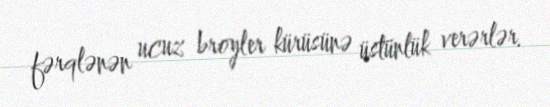
fərqlənən ucuz broyler kürüsünə üstünlük verərlər.